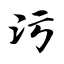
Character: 污